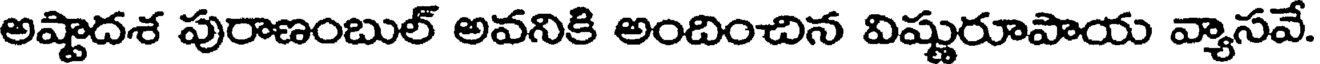
అష్టాదశ పురాణంబుల్ అవనికి అందించిన విష్ణురూపాయ వ్యాసవే.